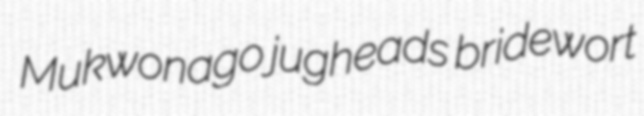
Mukwonago jugheads bridewort